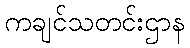
ကချင်သတင်းဌာန